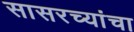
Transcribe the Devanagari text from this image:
सासरच्यांचा